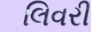
લિવરી